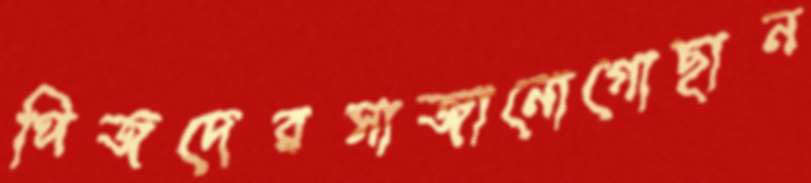
পিজদেরসাজানোগোছান